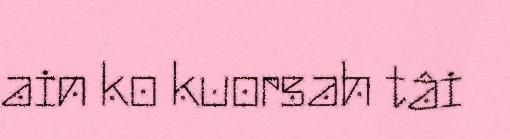
ain ko kuorsah tâi